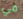
في